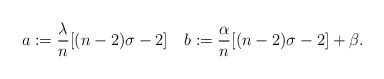
\begin{align*} a:=\frac{\lambda}{n}[(n-2)\sigma-2] \quad b:=\frac{\alpha}{n}[(n-2)\sigma-2]+\beta. \end{align*}